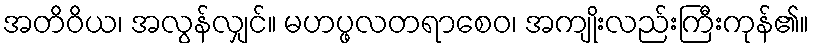
အတိဝိယ၊ အလွန်လျှင်။ မဟပ္ဖလတရာစေဝ၊ အကျိုးလည်းကြီးကုန်၏။